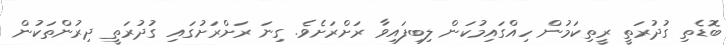
ބޮޑެތި ގުދުރަތީ ރީތިކަމުން ހިއްގައިމުކަން ލިބިފައިވާ ރަށްރަށެވެ. ގިނަ ރަށްރަށުގައި ގުދުރަތީ ދިރުންތަކުން